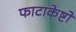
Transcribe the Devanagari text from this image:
फाटाकेष्टो